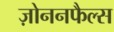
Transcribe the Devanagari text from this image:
ज़ोननफैल्स